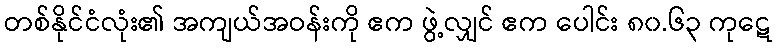
တစ်နိုင်ငံလုံး၏ အကျယ်အဝန်းကို ဧက ဖွဲ့လျှင် ဧက ပေါင်း ၈၀.၆၃ ကုဋေ